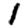
Digit: 1